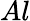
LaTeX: Al